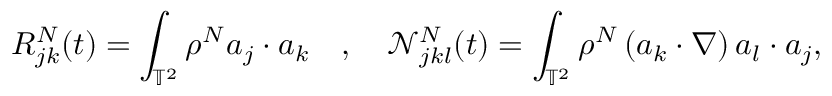
R _ { j k } ^ { N } ( t ) = \int _ { \mathbb { T } ^ { 2 } } \rho ^ { N } a _ { j } \cdot a _ { k } \quad , \quad \mathcal { N } _ { j k l } ^ { N } ( t ) = \int _ { \mathbb { T } ^ { 2 } } \rho ^ { N } \left( a _ { k } \cdot \nabla \right) a _ { l } \cdot a _ { j } ,